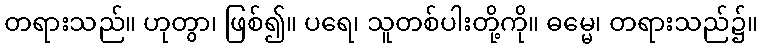
တရားသည်။ ဟုတွာ၊ ဖြစ်၍။ ပရေ၊ သူတစ်ပါးတို့ကို။ ဓမ္မေ၊ တရားသည်၌။